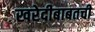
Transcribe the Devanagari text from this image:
खरेदीबाबतची